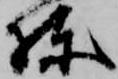
棟